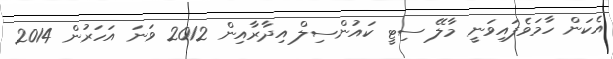
އެކަން ހާމަވެފައިވަނީ މާލޭ ސިޓީ ކައުންސިލް އިދާރާއިން 2012 ވަނަ އަހަރުން 2014